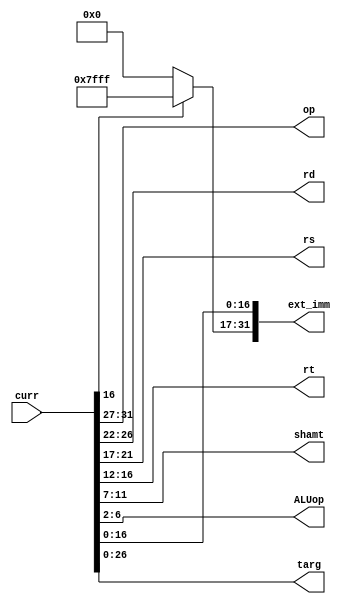
module instr_split(op, rd, rs, rt, shamt, ALUop, ext_imm, targ, curr);
    input [31:0] curr;
    output [4:0] op, rd, rs, rt, shamt, ALUop;
    output [31:0] ext_imm;
    output [26:0] targ;

    assign op[4:0] = curr[31:27];
    assign rd[4:0] = curr[26:22];
    assign rs[4:0] = curr[21:17];
    assign rt[4:0] = curr[16:12];
    assign shamt[4:0] = curr[11:7];
    assign ALUop[4:0] = curr[6:2];
    assign targ[26:0] = curr[26:0];

    assign ext_imm[16:0] = curr[16:0];
    assign ext_imm[31:17] = curr[16] ? 15'b111111111111111 : 15'b000000000000000;

endmodule